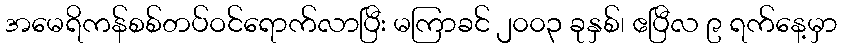
အမေရိကန်စစ်တပ်ဝင်ရောက်လာပြီး မကြာခင် ၂၀၀၃ ခုနှစ်၊ ဧပြီလ ၉ ရက်နေ့မှာ